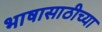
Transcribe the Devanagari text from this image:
भाषासाठीच्या